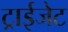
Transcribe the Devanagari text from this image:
ट्राईजेट